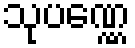
သုပဏ္ဏေ